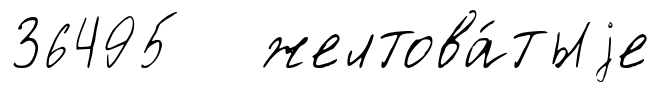
36495 желтова́тыjе